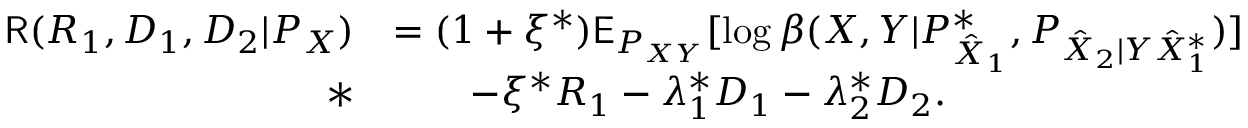
\begin{array} { r l } { \mathsf { R } ( R _ { 1 } , D _ { 1 } , D _ { 2 } | P _ { X } ) } & { = ( 1 + \xi ^ { * } ) \mathsf { E } _ { P _ { X Y } } [ \log \beta ( X , Y | P _ { \hat { X } _ { 1 } } ^ { * } , P _ { \hat { X } _ { 2 } | Y \hat { X } _ { 1 } ^ { * } } ) ] } \\ { * } & { \qquad - \xi ^ { * } R _ { 1 } - \lambda _ { 1 } ^ { * } D _ { 1 } - \lambda _ { 2 } ^ { * } D _ { 2 } . } \end{array}